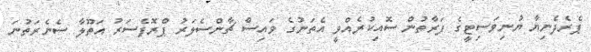
ޕެރެދެނިޔާ ޔުނިވަސިޓީގެ ފަރާތުން ސޮއިކުރެއްވީ އެތަނުގެ ވައިސް ޗާންސެލަރު ޕްރޮފެސަރު އަތޫލާ ސެނެރަތުނަ